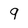
Character: 9